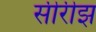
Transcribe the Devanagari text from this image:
सीरीझ